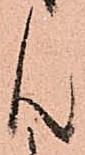
ん